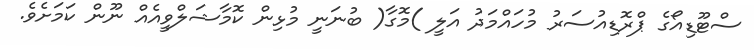
ސްޓޫޑިއޯގެ ޕްރޮޑިއުސަރު މުހައްމަދު އަލީ )މޮގާ( ބުނަނީ މުޅިން ކޮމާޝަލްވީއެއް ނޫން ކަމަށެވެ.